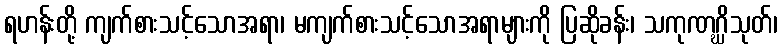
ရဟန်းတို့ ကျက်စားသင့်သောအရာ၊ မကျက်စားသင့်သောအရာများကို ပြဆိုခန်း၊ သကုဏဂ္ဃိသုတ်၊